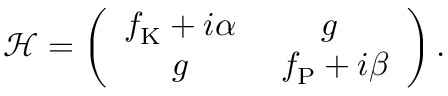
\mathcal { H } = \left( \begin{array} { c c } { f _ { \mathrm { K } } + i \alpha } & { g } \\ { g } & { \ f _ { \mathrm { P } } + i \beta } \end{array} \right) .